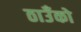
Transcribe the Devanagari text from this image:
ठाउँको